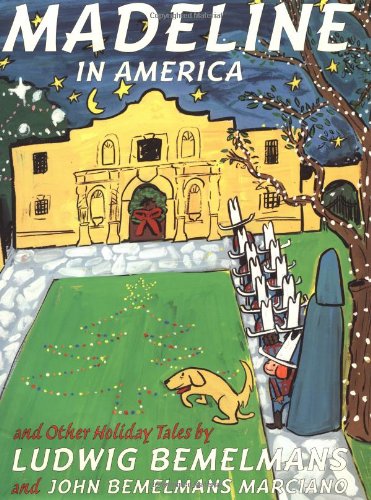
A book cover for Madeline In America And Other Holiday Tales; Ludwig Bemelmans; Children's Books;